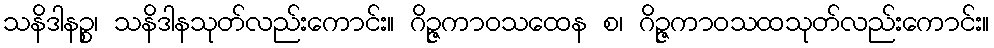
သနိဒါနဉ္စ၊ သနိဒါနသုတ်လည်းကောင်း။ ဂိဉ္ဇကာဝသထေန စ၊ ဂိဉ္ဇကာဝသထသုတ်လည်းကောင်း။